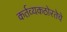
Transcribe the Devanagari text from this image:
कर्तव्यकठोरतेचे